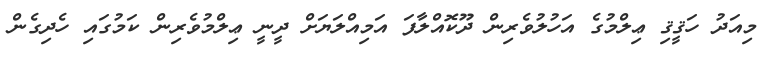
މިއަދު ހަޤީޤި ޢިލްމުގެ އަހުލުވެރިން ދޫކޮއްލާފަ އަމިއްލަޔަށް ދީނީ ޢިލްމުވެރިން ކަމުގައި ހެދިގެން